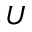
U